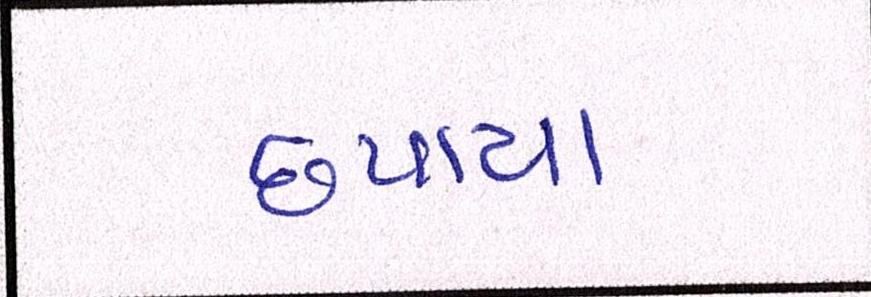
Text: છપાયા